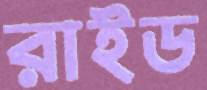
রাইড